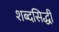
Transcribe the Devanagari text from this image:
शब्दसिद्धी